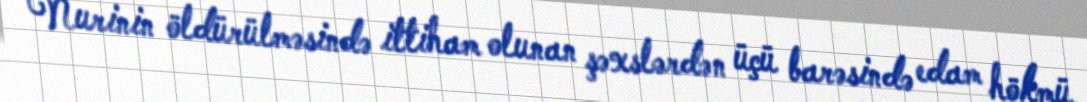
Nurinin öldürülməsində ittiham olunan şəxslərdən üçü barəsində edam hökmü